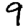
Digit: 9